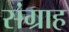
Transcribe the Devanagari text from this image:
संग्राह